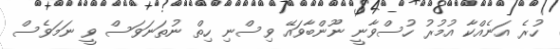
ހުރެ އަނެއްކާ އުމުރު ހުސްވާނީ ނޫންބާވައޭ ވިސްނި ހިތް ނުތަނަވަސް ވީ ނަމަވެސް